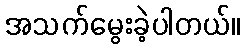
အသက်မွေးခဲ့ပါတယ်။